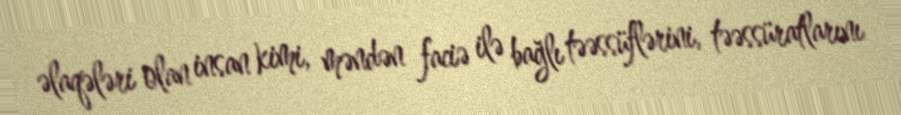
əlaqələri olan insan kimi, məndən faciə ilə bağlı təəssüflərini, təəssüratlarını